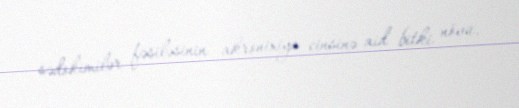
sədokimilər fəsiləsinin akronixiya cinsinə aid bitki növü.